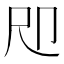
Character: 𡰰